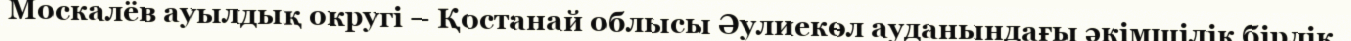
Москалёв ауылдық округі – Қостанай облысы Әулиекөл ауданындағы әкімшілік бірлік.